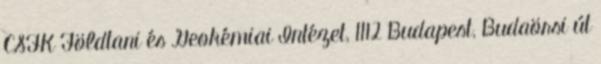
CSFK Földtani és Geokémiai Intézet, 1112 Budapest, Budaörsi út